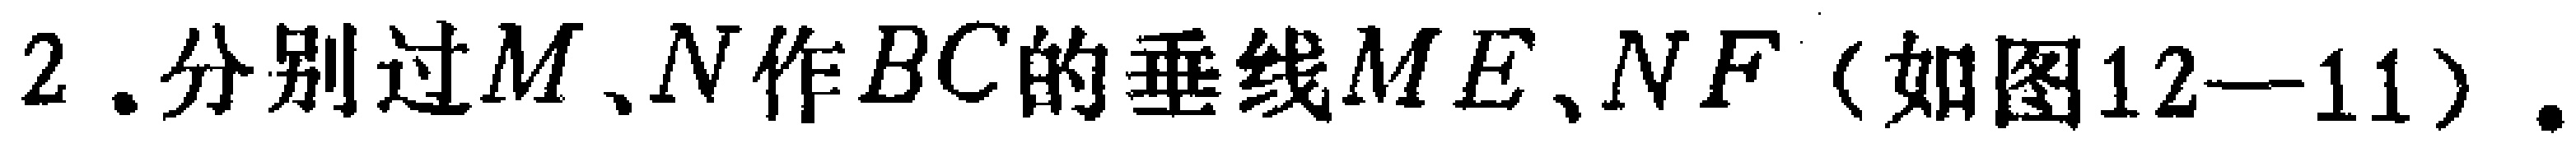
$2.分别过M、N作BC的垂线ME、NF（如图12—11）.$